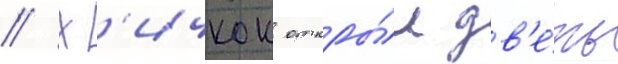
// Х'ичкок откры́л дв'е́рь